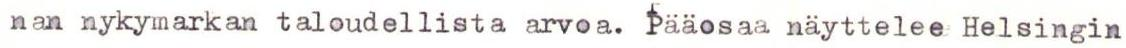
nan nykymarkan taloudellista arvoa. Pääosaa näyttelee Helsingin